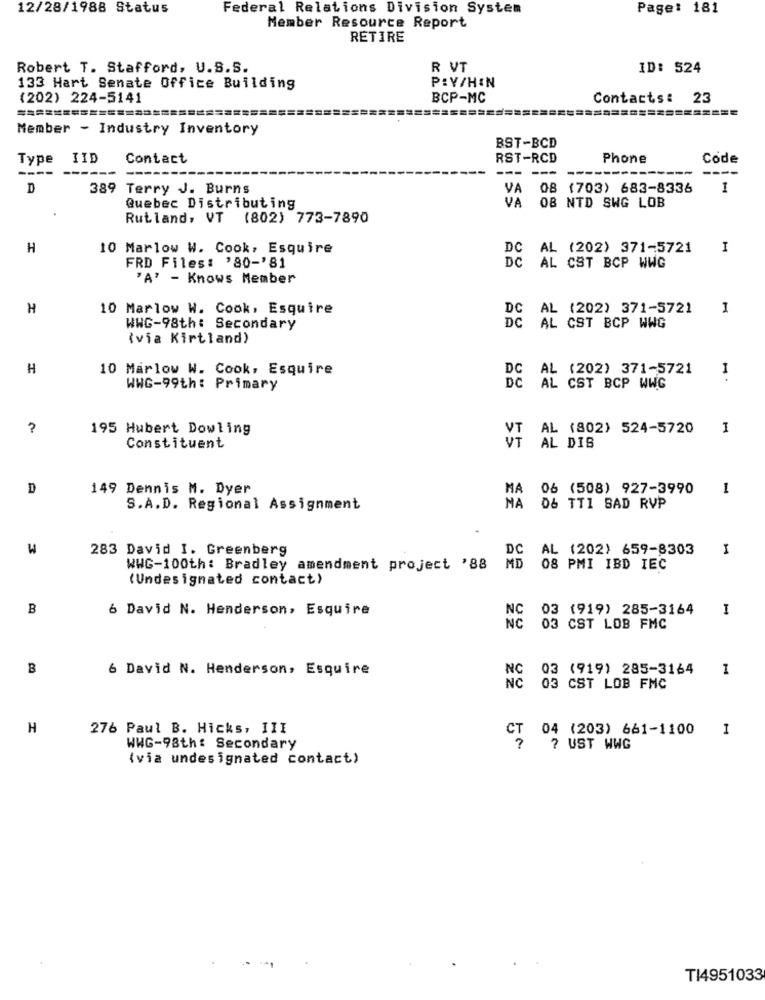
12/28/1988 Status
Federal Relations Division System
Page: 181
Member Resource Report
RETIRE
Robert T. Stafford, U.S.S.
R VT
ID: 524
133 Hart Senate Office Building
PRY/HIN
(202) 224-5141
BCP-MC
Contacts: 23
Member - Industry Inventory
BST-BCD
Type
IID
Contact
RST-RCD
Phone
Code
--- ---
----
--
D
389 Terry J. Burns
VA
08 (703) 683-8336
1
VA
Quebec Distributing
OB NTD SWG LOB
Rutland, VT (802) 773-7890
H
10 Marlow W. Cook, Esquire
DC AL (202) 371-5721
I
FRD Files: '80-'81
DC AL CST BCP WWG
"A' - Knows Member
H
10 Marlow W. Cook, Esquire
DC AL (202) 371-5721
1
WWG-98th: Secondary
DC AL CST BCP WWG
(via Kirtland)
H
10 Marlow W. Cook, Esquire
DC AL (202) 371-5721
1
WWG-99th: Primary
DC AL CST BCP WWG
?
195 Hubert Dowling
VT AL (802) 524-5720
I
Constituent
VT AL DIS
D
149 Dennis M. Dyer
MA 06 (508) 927-3990
1
S.A.D. Regional Assignment
MA 06 TTI SAD RVP
W
283 David I. Greenberg
DC AL (202) 659-8303
1
WWG-100th: Bradley amendment project '88
MD 08 PMI IBD IEC
(Undesignated contact)
B
6 David N. Henderson, Esquire
NC 03 (919) 285-3164
I
NC 03 CST LOB FMC
B
6 David N. Henderson, Esquire
03 (919) 285-3164
1
NC
03 CST LOB FMC
H
276 Paul B. Hicks, III
1
CT 04 (203) 661-1100
WWG-98th: Secondary
7 UST WWG
(via undesignated contact)
T14951033